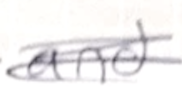
Text: and
Cross-out: scratch
Writing tool: pencil